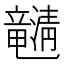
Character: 𤄯